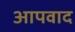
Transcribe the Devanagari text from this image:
आपवाद